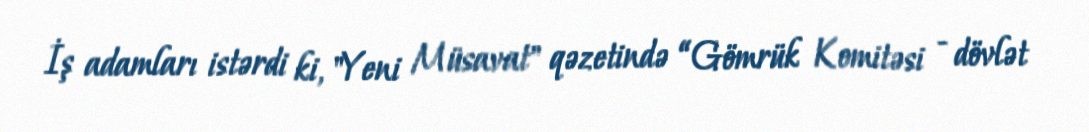
İş adamları istərdi ki, "Yeni Müsavat" qəzetində “Gömrük Komitəsi - dövlət